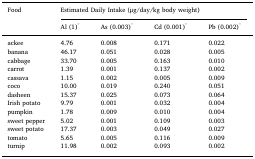
<table><thead><tr><td><b>Food</b></td><td colspan="4"><b>Estimated Daily Intake (μg/day/kg body weight)</b></td></tr><tr><td></td><td><b>Al (1)*</b></td><td><b>As (0.003)*</b></td><td><b>Cd (0.001)*</b></td><td><b>Pb (0.002)*</b></td></tr></thead><tbody><tr><td>ackee</td><td>4.76</td><td>0.008</td><td>0.171</td><td>0.022</td></tr><tr><td>banana</td><td>46.17</td><td>0.051</td><td>0.028</td><td>0.005</td></tr><tr><td>cabbage</td><td>33.70</td><td>0.005</td><td>0.163</td><td>0.010</td></tr><tr><td>carrot</td><td>1.39</td><td>0.001</td><td>0.137</td><td>0.002</td></tr><tr><td>cassava</td><td>1.15</td><td>0.002</td><td>0.005</td><td>0.009</td></tr><tr><td>coco</td><td>10.00</td><td>0.019</td><td>0.240</td><td>0.051</td></tr><tr><td>dasheen</td><td>15.37</td><td>0.025</td><td>0.073</td><td>0.064</td></tr><tr><td>Irish potato</td><td>9.79</td><td>0.001</td><td>0.032</td><td>0.004</td></tr><tr><td>pumpkin</td><td>1.78</td><td>0.009</td><td>0.010</td><td>0.004</td></tr><tr><td>sweet pepper</td><td>5.02</td><td>0.001</td><td>0.109</td><td>0.003</td></tr><tr><td>sweet potato</td><td>17.37</td><td>0.003</td><td>0.049</td><td>0.027</td></tr><tr><td>tomato</td><td>5.65</td><td>0.005</td><td>0.116</td><td>0.009</td></tr><tr><td>turnip</td><td>11.98</td><td>0.002</td><td>0.093</td><td>0.002</td></tr></tbody></table>